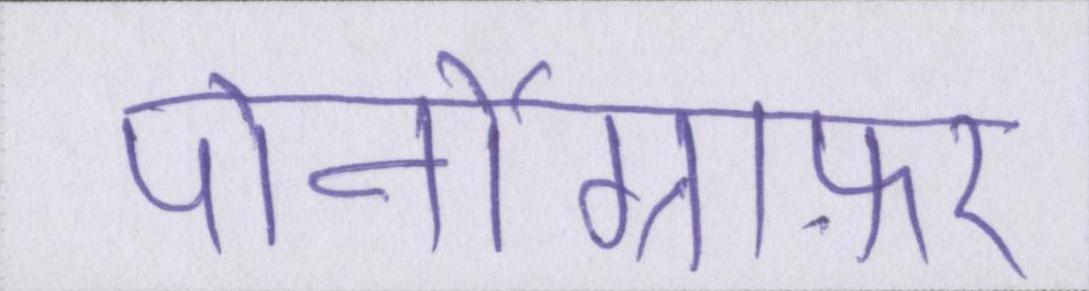
पोर्नोग्राफ़र